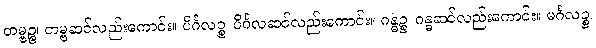
တမ္ဗဉ္စ၊ တမ္ဗဆင်လည်းကောင်း။ ပိင်္ဂလဉ္စ၊ ပိင်္ဂလဆင်လည်းကောင်း။ ဂန္ဓဉ္စ၊ ဂန္ဓဆင်လည်းကောင်း။ မင်္ဂလဉ္စ၊